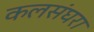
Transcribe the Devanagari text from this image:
कलसंघरा